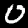
Label: 0